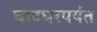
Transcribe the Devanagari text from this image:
घाटघरपर्यंत